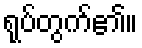
ရုပ်တွက်၏။